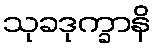
သုခဒုက္ခာနိ